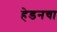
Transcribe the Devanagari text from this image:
हेडनचा